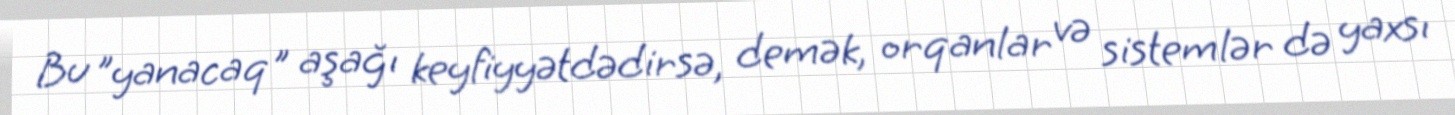
Bu ”yanacaq" aşağı keyfiyyətdədirsə, demək, orqanlar və sistemlər də yaxsı